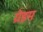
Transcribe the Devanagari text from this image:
ग्रेइम